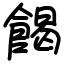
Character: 餲